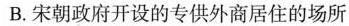
B. 宋朝政府开设的专供外商居住的场所